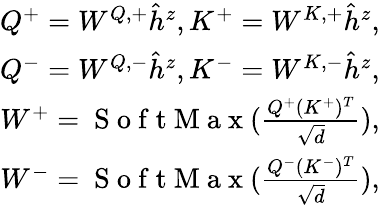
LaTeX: \begin{array}{r}{Q^{+}=W^{Q,+}\hat{h}^{z},K^{+}=W^{K,+}\hat{h}^{z},}\\ {Q^{-}=W^{Q,-}\hat{h}^{z},K^{-}=W^{K,-}\hat{h}^{z},}\\ {W^{+}=\mathrm{~S~o~f~t~M~a~x~}(\frac{Q^{+}(K^{+})^{T}}{\sqrt{d}}),}\\ {W^{-}=\mathrm{~S~o~f~t~M~a~x~}(\frac{Q^{-}(K^{-})^{T}}{\sqrt{d}}),}\end{array}